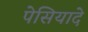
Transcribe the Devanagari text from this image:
पेसियादे